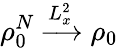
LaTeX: \rho_{0}^{N}\xrightarrow[]{L_{x}^{2}}\rho_{0}